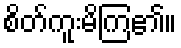
စိတ်ကူးမိကြ၏။